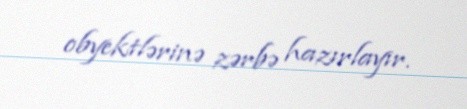
obyektlərinə zərbə hazırlayır.